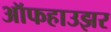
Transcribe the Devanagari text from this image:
ऑफहाउझर